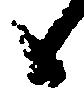
候